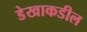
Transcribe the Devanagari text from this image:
डेखाकडील